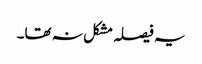
یہ فیصلہ مشکل نہ تھا۔